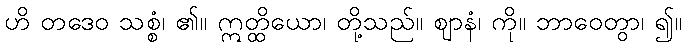
ဟိ တဒေဝ သစ္စံ၊ ၏။ ဣတ္ထိယော၊ တို့သည်။ ဈာနံ၊ ကို။ ဘာဝေတွာ၊ ၍။